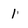
Character: 1